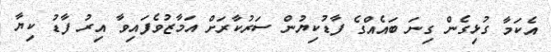
އެކަމާ ގުޅިގެން ގިނަ ބައެއްގެ ފާޑުކިޔުން ސަރުކާރަށް އަމާޒުވެފައިވާ އިރު ފާޑު ކިޔާ